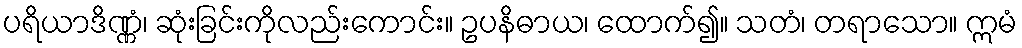
ပရိယာဒိဏ္ဏံ၊ ဆုံးခြင်းကိုလည်းကောင်း။ ဥပနိဓာယ၊ ထောက်၍။ သတံ၊ တရာသော။ ဣမံ